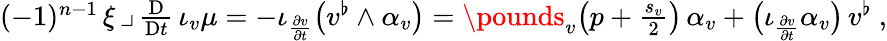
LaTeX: \begin{array}{r}{(-1)^{n-1}\, \xi\, \lrcorner\, \frac{\mathrm{D}}{\mathrm{D}t}\, \iota_{v}\mu=-\iota_{\frac{\partial v}{\partial t}}\big(v^{\flat}\wedge\alpha_{v}\big)=\pounds_{v}\big(p+\frac{s_{v}}{2}\big)\, \alpha_{v}+\big(\iota_{\frac{\partial v}{\partial t}}\alpha_{v}\big)\, v^{\flat}\ ,}\end{array}